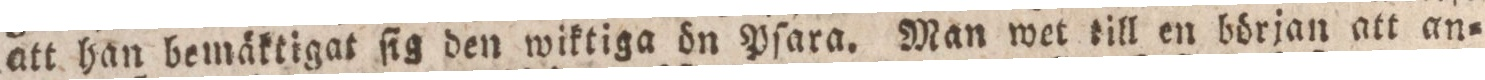
att han bemäktigat ſig den wiktiga ön pſara. Man wet till en början att an=